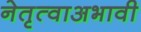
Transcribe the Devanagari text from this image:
नेतृत्वाअभावी